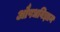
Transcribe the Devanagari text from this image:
औषधविज्ञान